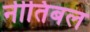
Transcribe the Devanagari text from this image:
नीतिबल